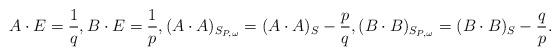
LaTeX: \begin{align*}A\cdot E=\frac{1}{q},B\cdot E=\frac{1}{p},(A\cdot A)_{S_{P,\omega}}=(A\cdot A)_S-\frac{p}{q},(B\cdot B)_{S_{P,\omega}}=(B\cdot B)_S-\frac{q}{p}.\end{align*}